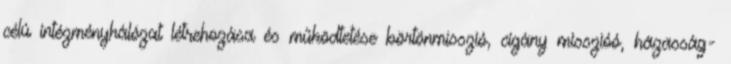
célú intézményhálózat létrehozása és működtetése börtönmisszió, cigány misszióó, házasság-